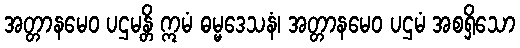
အတ္တာနမေဝ ပဌမန္တိ ဣမံ ဓမ္မဒေသနံ၊ အတ္တာနမေဝ ပဌမံ အစရှိသော